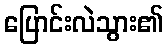
ပြောင်းလဲသွား၏